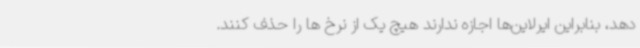
دهد، بنابراین ایرلاین‌ها اجازه ندارند هیچ یک از نرخ ها را حذف کنند.